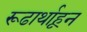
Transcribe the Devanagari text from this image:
रूढार्थाहून